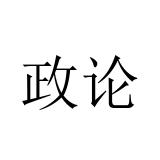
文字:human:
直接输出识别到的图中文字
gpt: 政论